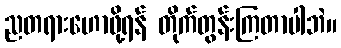
ညတရားဟောဖို့ရန် တိုက်တွန်းကြတာပါဘဲ။